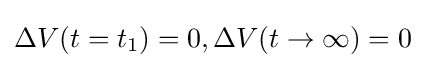
\Delta V(t=t_{1})=0,\Delta V(t\rightarrow \infty )=0